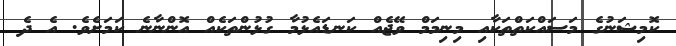
ކޮމިޝަނުގެ މަސައްކަތްތަކާއި މިނިމަމް ވޭޖެއް ކަނޑައެޅުމާ ގުޅުންތަކެއް އޮންނާނެ ކަމަށެވެ. އެ ދެ